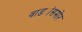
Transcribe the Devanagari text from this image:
वाड्यांसमोर